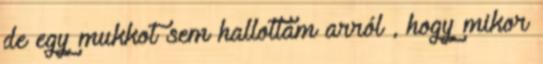
de egy mukkot sem hallottam arról , hogy mikor